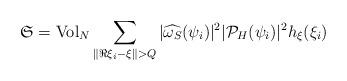
LaTeX: \begin{align*}\mathfrak{S}={\rm Vol}_N\sum_{\|\Re \xi_i-\xi\|> Q} |\widehat{\omega_S}(\psi_i)|^2 | \mathcal{P}_H(\psi_i)|^2h_\xi(\xi_i)\end{align*}